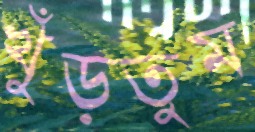
খুঁড়তুম